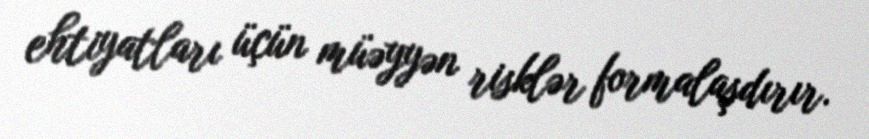
ehtiyatları üçün müəyyən risklər formalaşdırır.